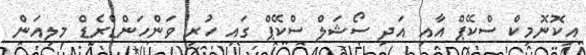
އިކޮނޮމިކް ސްކޭޕް އާއި އަދި ސޯޝަލް ސްކޭޕް ގައި ހުރި ވަންހަންޑްރެޑް މިލިއަން